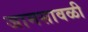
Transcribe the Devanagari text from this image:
जामसावळी